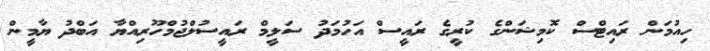
ހިއުމަން ރައިޓްސް ކޮމިޝަންގެ ކުރީގެ ރައީސް އަހުމަދު ސަލީމް ރައީސުލްޖުމްހޫރިއްޔާ އަބްދު ޔާމީން